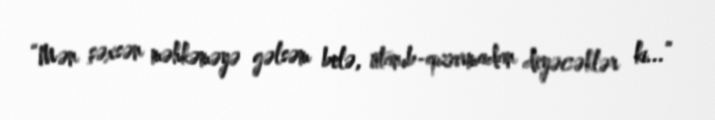
“Mən şəxsən məhkəməyə gəlsəm belə, utanıb-qızarmadan deyəcəklər ki...”